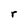
Character: r